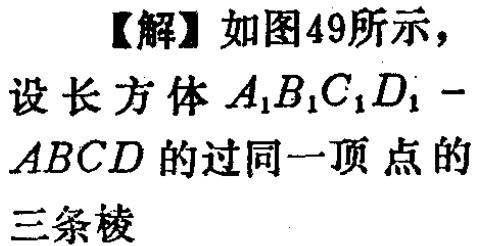
【解】如图49所示，
设长方体\(A_{1}B_{1}C_{1}D_{1}-ABCD\)的过同一顶点的三条棱